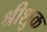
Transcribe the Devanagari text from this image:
श्रीशुक